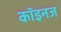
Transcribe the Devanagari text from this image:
कॉइनज